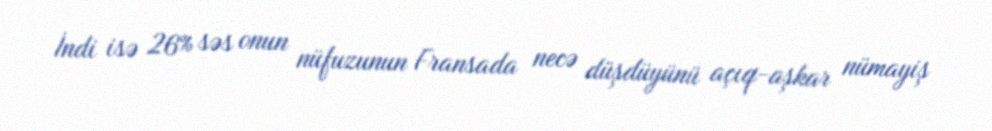
İndi isə 26% səs onun nüfuzunun Fransada necə düşdüyünü açıq-aşkar nümayiş